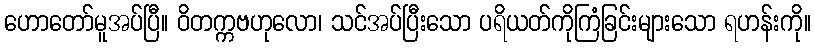
ဟောတော်မူအပ်ပြီ။ ဝိတက္ကဗဟုလော၊ သင်အပ်ပြီးသော ပရိယတ်ကိုကြံခြင်းများသော ရဟန်းကို။